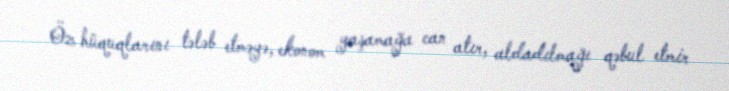
Öz hüquqlarını tələb etməyə, ekonom yaşamağa can atır, aldadılmağı qəbul etmir